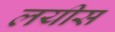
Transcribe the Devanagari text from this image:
लयीस